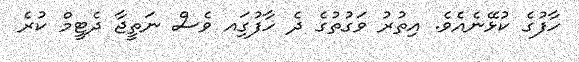
ހާފުގެ ކުޅޭނެއެވެ. އިތުރު ވަގުތުގެ ދެ ހާފުގަިއ ވެސް ނަތީޖާ ދެޓީމް ކުރެ